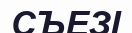
СЪЕЗІ